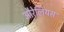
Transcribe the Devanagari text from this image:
औरेलियस